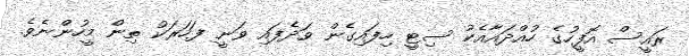
ރައީސް އޮފީހުގެ ހުއްދައާއެކު ސިޓީ ހިފައިގެން ވަދެފައި ވަނީ ފަހަރަކު ތިން މީހުންނެވެ.